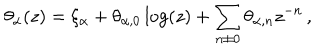
\theta _ { \alpha } ( z ) = \xi _ { \alpha } + \theta _ { \alpha , 0 } \log ( z ) + \sum _ { n \neq 0 } \theta _ { \alpha , n } z ^ { - n } \, ,